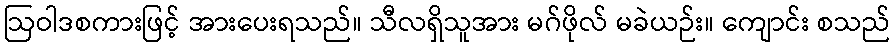
ဩဝါဒစကားဖြင့် အားပေးရသည်။ သီလရှိသူအား မဂ်ဖိုလ် မခဲယဉ်း။ ကျောင်း စသည်